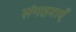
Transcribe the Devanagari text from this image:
संगठनाएँ